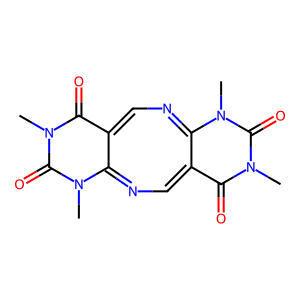
SMILES: Cn1c(=O)c2c(n(C)c1=O)=NC=c1c(=O)n(C)c(=O)n(C)c1=NC=2
Inhibits HIV replication: No